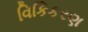
વિકિકરણ